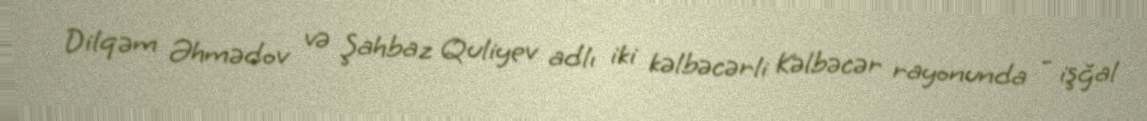
Dilqəm Əhmədov və Şahbaz Quliyev adlı iki kəlbəcərli Kəlbəcər rayonunda - işğal